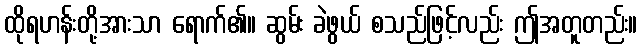
ထိုရဟန်းတို့အားသာ ရောက်၏။ ဆွမ်း ခဲဖွယ် စသည်ဖြင့်လည်း ဤအတူတည်း။